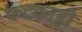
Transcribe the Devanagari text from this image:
फटकाही